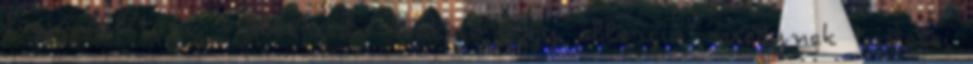
fogja állítani. - Allergiás reakció vagy allergia, melynek tünetei